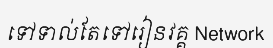
ទៅទាល់តែទៅរៀនវគ្គ Network